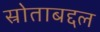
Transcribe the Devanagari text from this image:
स्रोताबद्दल